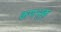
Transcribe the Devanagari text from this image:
कणभुक्